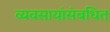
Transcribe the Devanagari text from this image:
व्यवसायांसंबधित